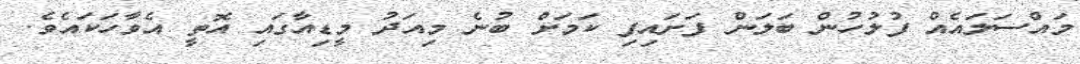
މައްސަލައެއް ފުލުހުން ބަލަން ފަށައިފި ކަމަށް ބުނެ މިއަދު މީޑިއާގައި އޮތީ އެވާހަކައެވެ.